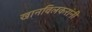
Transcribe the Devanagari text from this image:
खानविलकरांनी